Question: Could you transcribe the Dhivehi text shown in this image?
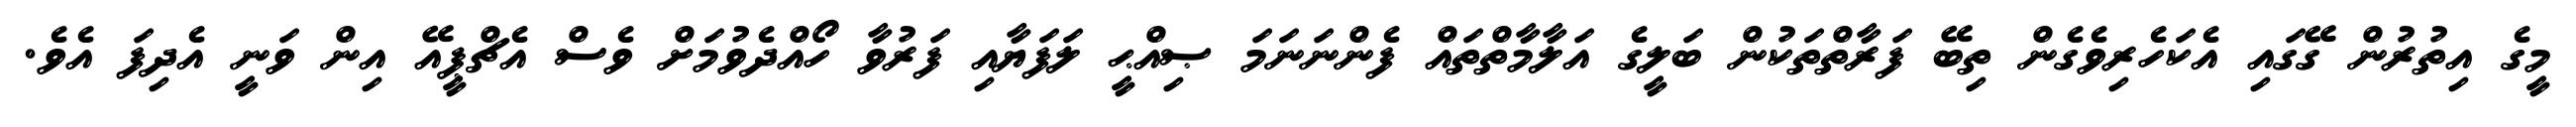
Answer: މީގެ އިތުރުން ގޭގައި އެކަހެރިވެގެން ތިބޭ ފަރާތްތަކުން ބަލީގެ އަލާމާތްތައް ފެންނަނަމަ ޞިއްޙީ ލަފަޔާއި ފަރުވާ ހޯއްދެވުމަށް ވެސް އެޗްޕީއޭ އިން ވަނީ އެދިފަ އެވެ.